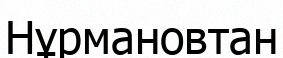
Нұрмановтан